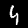
Digit: 4